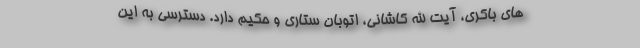
های باکری، آیت الله کاشانی، اتوبان ستاری و حکیم دارد. دسترسی به این